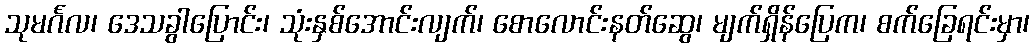
သုမင်္ဂလ၊ ဒေသခွါပြောင်း၊ သုံးနှစ်အောင်းလျက်၊ စောလောင်းနတ်ဆွေ၊ မျက်ရှိန်ပြေက၊ စက်ခြေရင်းမှာ၊